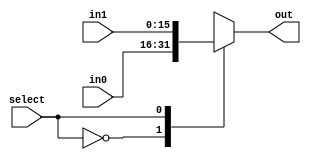

//mux 16
module MUX16 (in0, in1, select, out);
    input[15:0] in0;
    input[15:0] in1;
    input select;
    output reg[15:0] out;
    
    always @(in0 or in1 or select)
        begin
        case(select)
        0 : out = in0;
        1 : out = in1;
        default: out = in0;
        endcase
        end
        
endmodule